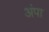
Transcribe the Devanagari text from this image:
अंपा